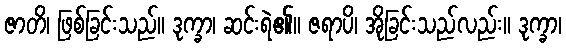
ဇာတိ၊ ဖြစ်ခြင်းသည်။ ဒုက္ခာ၊ ဆင်းရဲ၏။ ဇရာပိ၊ အိုခြင်းသည်လည်း။ ဒုက္ခာ၊